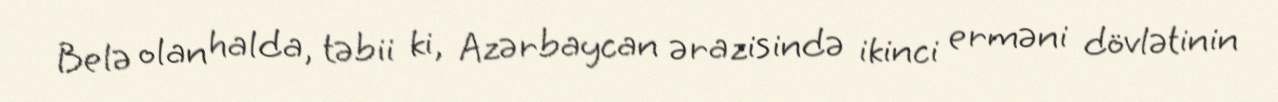
Belə olan halda, təbii ki, Azərbaycan ərazisində ikinci erməni dövlətinin